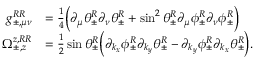
\begin{array} { r l } { g _ { \pm , \mu \nu } ^ { R R } } & { = \frac { 1 } { 4 } \Big ( \partial _ { \mu } \theta _ { \pm } ^ { R } \partial _ { \nu } \theta _ { \pm } ^ { R } + \sin ^ { 2 } \theta _ { \pm } ^ { R } \partial _ { \mu } \phi _ { \pm } ^ { R } \partial _ { \nu } \phi _ { \pm } ^ { R } \Big ) } \\ { \Omega _ { \pm , z } ^ { z , R R } } & { = \frac { 1 } { 2 } \sin \theta _ { \pm } ^ { R } \Big ( \partial _ { k _ { x } } \phi _ { \pm } ^ { R } \partial _ { k _ { y } } \theta _ { \pm } ^ { R } - \partial _ { k _ { y } } \phi _ { \pm } ^ { R } \partial _ { k _ { x } } \theta _ { \pm } ^ { R } \Big ) . } \end{array}